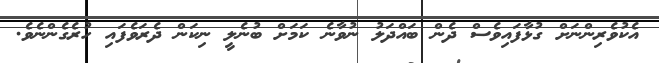
އެކުވެރިންނަށް ގުޅާފައިވެސް ދެން ބައްދަލު ނުވާނެ ކަމަށް ބުނެލީ ނިކަން ދެރަވެފައި ހުރެގެންނެވެ.